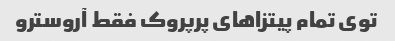
توی تمام پیتزا‌های پرپروک فقط آروسترو